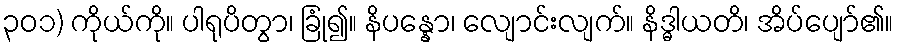
၃၀၁) ကိုယ်ကို။ ပါရုပိတွာ၊ ခြုံ၍။ နိပန္နော၊ လျောင်းလျက်။ နိဒ္ဓါယတိ၊ အိပ်ပျော်၏။